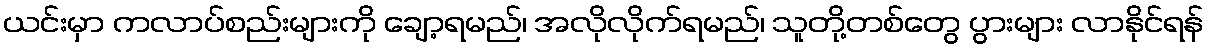
ယင်းမှာ ကလာပ်စည်းများကို ချော့ရမည်၊ အလိုလိုက်ရမည်၊ သူတို့တစ်တွေ ပွားများ လာနိုင်ရန်